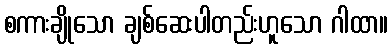
စကားချိုသော ချစ်ဆေးပါတည်းဟူသော ဂါထာ။